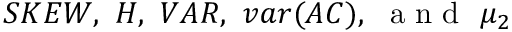
S K E W , ~ H , ~ V A R , ~ v a r ( A C ) , ~ \mathrm { ~ a ~ n ~ d ~ } ~ \mu _ { 2 }